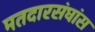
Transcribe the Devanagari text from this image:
मतदारसंघांस